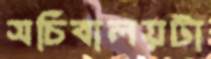
সচিবালয়টা